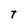
Character: T